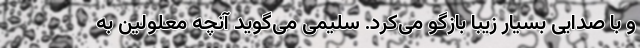
و با صدایی بسیار زیبا بازگو می‌کرد. سلیمی می‌گوید آنچه معلولین به